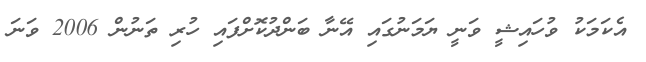
އެކަމަކު ވުހައިޝީ ވަނީ ޔަމަނުގައި އޭނާ ބަންދުކޮށްފައި ހުރި ތަނުން 2006 ވަަނަ